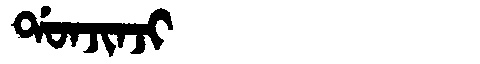
Manchu: ᡩᠣᠨᠵᡳᠨᠵᡳ
Romanization: DONJINJI